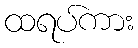
ထရပ်ကား